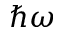
\hbar \omega